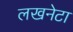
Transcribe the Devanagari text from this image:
लखनेटा